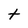
Character: t